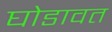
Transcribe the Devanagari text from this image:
घोडावत